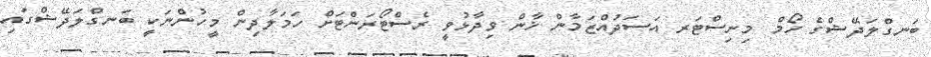
ބަނގްލަދޭޝްގެ ހޯމް މިނިސްޓަރ އަސަދުއްޒަމާން ޚާން ވިދާޅުވީ ރެސްޓޯރަންޓަށް ހަމަލާދިން މީހުންނަކީ ބަނގްލަދޭޝްގައި